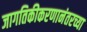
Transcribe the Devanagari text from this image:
जागतिकीकरणानंतरच्या